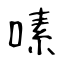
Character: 嗉